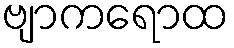
ဗျာကရောထ